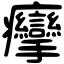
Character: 癴